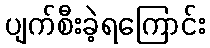
ပျက်စီးခဲ့ရကြောင်း